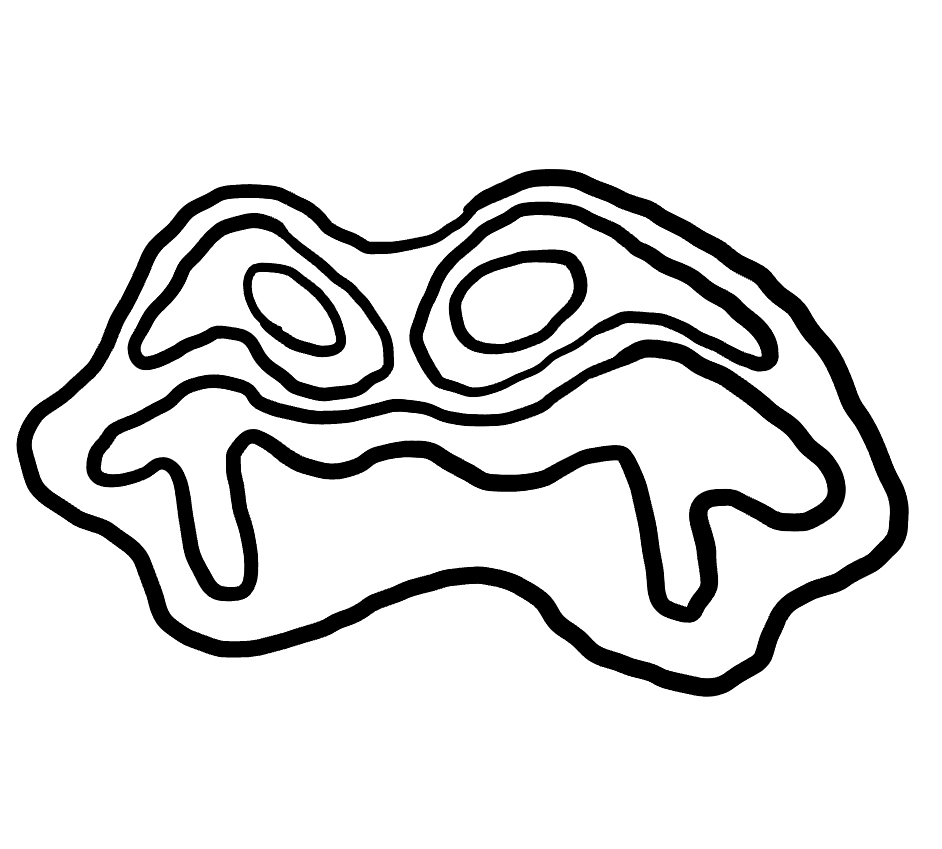
Number of regions (including the outer root region): 7
Containment tree edges (parent, child): 0, 1, 1, 2, 1, 3, 1, 5, 3, 4, 5, 6